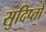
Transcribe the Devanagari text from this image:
सुदिप्तो